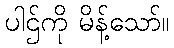
ပါဌ်ကို မိန့်သော်။